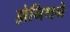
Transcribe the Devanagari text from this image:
झेनिथने